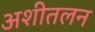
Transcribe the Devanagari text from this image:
अशीतलन